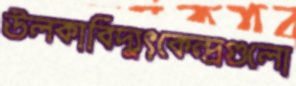
উলকাবিদ্যুৎকেন্দ্রগুলো